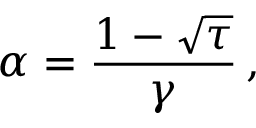
\alpha = \frac { 1 - \sqrt { \tau } } { \gamma } \, ,